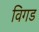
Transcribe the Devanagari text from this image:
विगड